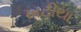
ખટીયા